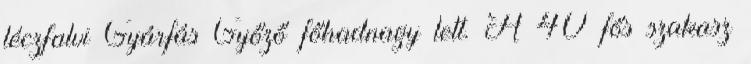
léczfalvi Gyárfás Győző főhadnagy lett. A 40 fős szakasz